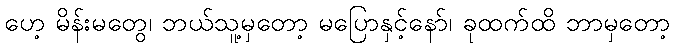
ဟေ့ မိန်းမတွေ၊ ဘယ်သူ့မှတော့ မပြောနှင့်နော်၊ ခုထက်ထိ ဘာမှတော့